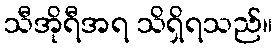
သီအိုရီအရ သိရှိရသည်။